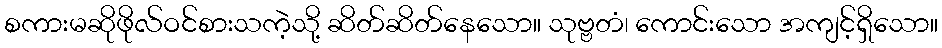
စကားမဆိုဖိုလ်ဝင်စားသကဲ့သို့ ဆိတ်ဆိတ်နေသော။ သုဗ္ဗတံ၊ ကောင်းသော အကျင့်ရှိသော။